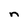
Character: n